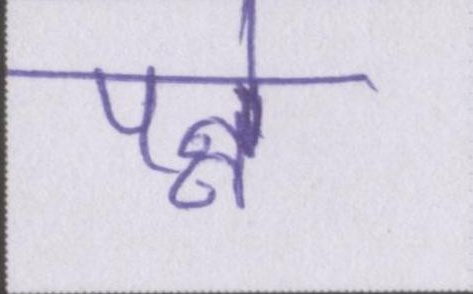
पन्ने